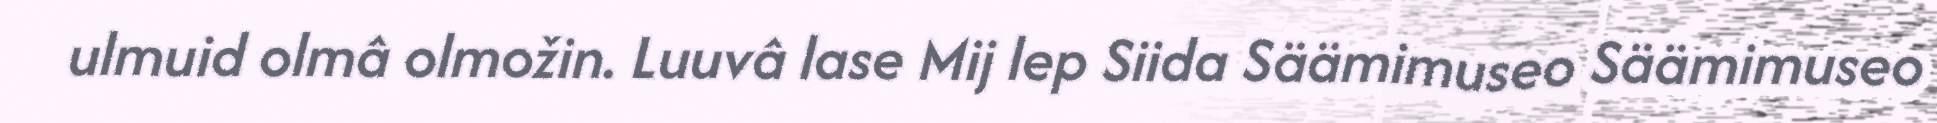
ulmuid olmâ olmožin. Luuvâ lase Mij lep Siida Säämimuseo Säämimuseo